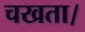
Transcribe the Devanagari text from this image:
चखता।